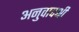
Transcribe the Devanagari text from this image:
अनुवादश्री